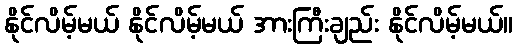
နိုင်လိမ့်မယ် နိုင်လိမ့်မယ် အားကြီးချည်း နိုင်လိမ့်မယ်။